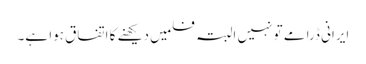
ایرانی ڈرامے تو نہیں البتہ فلمیں دیکھنے کا اتفاق ہوا ہے۔